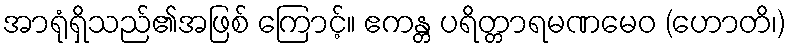
အာရုံရှိသည်၏အဖြစ် ကြောင့်။ ဧကန္တ ပရိတ္တာရမဏမေဝ (ဟောတိ၊)